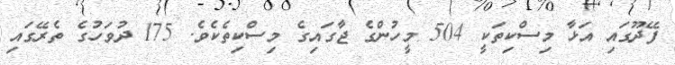
ފޭދޫގައި އަޅާ މިސްކިތަކީ 504 މީހުންގެ ޖާގައިގެ މިސްކިތެކެވެ. 175 ދުވަހުގެ ތެރޭގައި